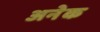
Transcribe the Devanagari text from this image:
अनेेक